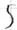
Text: S